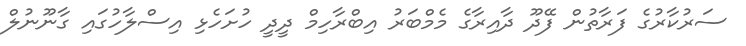
ސަރުކާރުގެ ފަރާތުން ފޭދޫ ދާއިރާގެ މެމްބަރު އިބްރާހިމް ދީދީ ހުށަހެޅި އިސްލާހުގައި ގާނޫނުލް